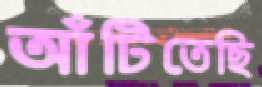
আঁটিতেছি